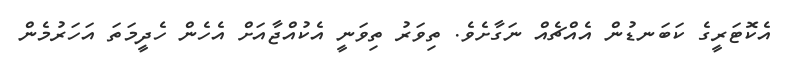
އެކޮޓަރީގެ ކަބަނޑުން އެއްޗެއް ނަގާށެވެ. ތިވަރު ތިވަނީ އެކުއްޖާއަށް އެހެން ހެދީމަތަ އަހަރުމެން